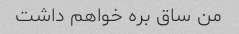
من ساق بره خواهم داشت